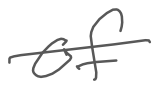
Text: of
Cross-out: single-line
Writing tool: digital_gray